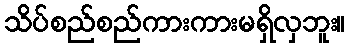
သိပ်စည်စည်ကားကားမရှိလှဘူး။